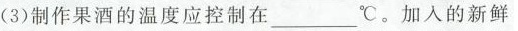
(3)制作果酒的温度应控制在___℃。加入的新鲜